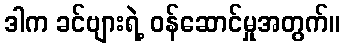
ဒါက ခင်ဗျားရဲ့ ဝန်ဆောင်မှုအတွက်။